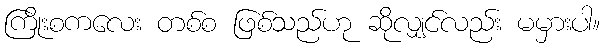
ကြိုးစကလေး တစ်စ ဖြစ်သည်ဟု ဆိုလျှင်လည်း မမှားပါ။